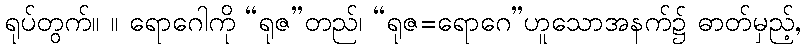
ရုပ်တွက်။ ။ ရောဂေါကို “ရုဇ”တည်၊ “ရုဇ=ရောဂေ”ဟူသောအနက်၌ ဓာတ်မှည့်,